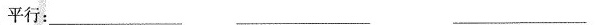
平行：___ ___ ___